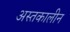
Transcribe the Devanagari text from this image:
अस्तकालीन